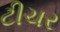
ટીચર